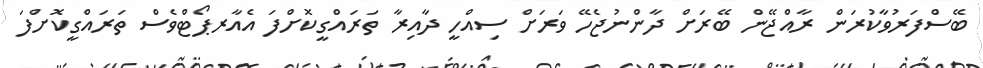
ބޭސްފަރުވާކުރަން ރާއްޖޭން ބޭރަށް ދާންނުޖެހޭ ވަރަށް ސިއްހީ ދާއިރާ ތަރައްގީކޮށްފަ އެއާރޕޯޓްވެސް ތަރައްގީކޮށްފަ